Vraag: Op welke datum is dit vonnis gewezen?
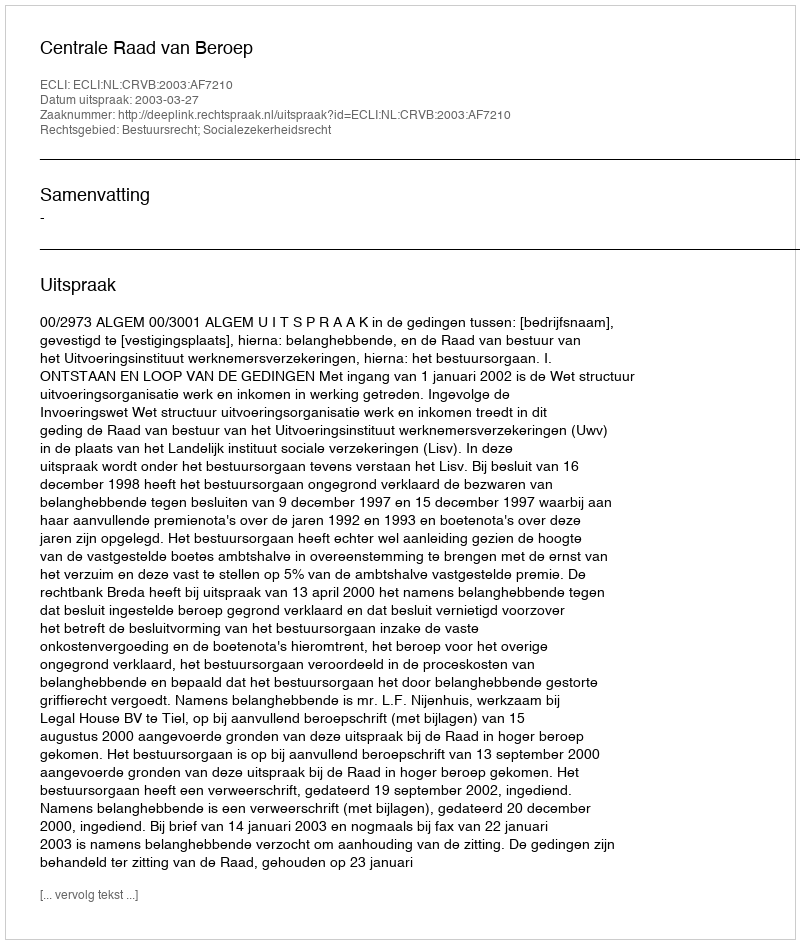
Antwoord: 2003-03-27